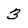
Character: 3